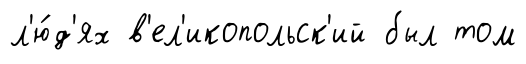
л'ю́д'ях в'ел'икопольск'ий был том